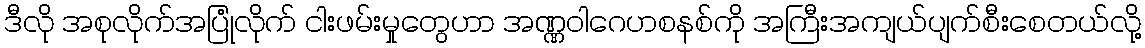
ဒီလို အစုလိုက်အပြုံလိုက် ငါးဖမ်းမှုတွေဟာ အဏ္ဏဝါဂေဟစနစ်ကို အကြီးအကျယ်ပျက်စီးစေတယ်လို့